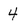
Character: 4